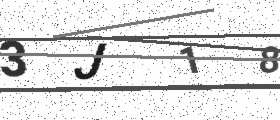
Text: 3J18